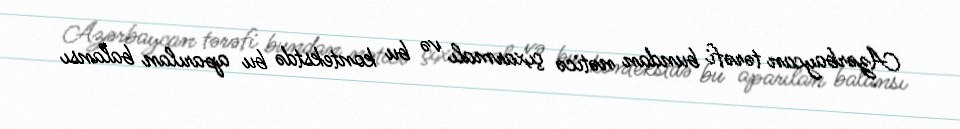
Azərbaycan tərəfi bundan nəticə çıxarmalı və bu kontekstdə bu aparılan balansı